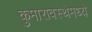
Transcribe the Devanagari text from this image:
कुमारावस्थेमध्ये